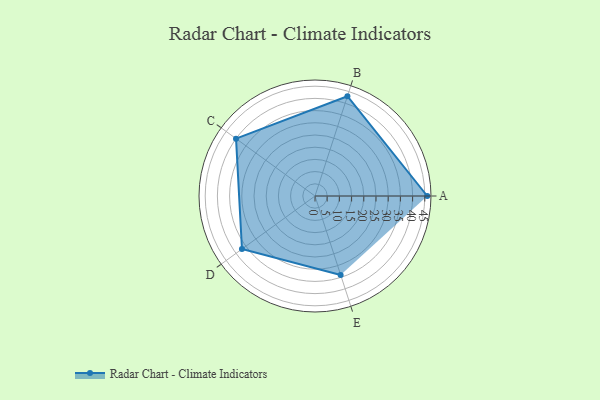
{"axis": {"x": "Skill", "y": "Score"}, "legend": ["Profile"], "data": [{"x": "A", "y": 46.0, "type": "Profile"}, {"x": "B", "y": 43.0, "type": "Profile"}, {"x": "C", "y": 40.0, "type": "Profile"}, {"x": "D", "y": 37.0, "type": "Profile"}, {"x": "E", "y": 34.0, "type": "Profile"}]}